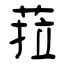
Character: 菈